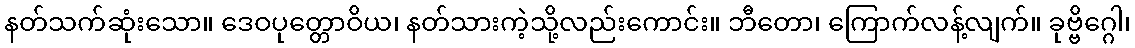
နတ်သက်ဆုံးသော။ ဒေဝပုတ္တောဝိယ၊ နတ်သားကဲ့သို့လည်းကောင်း။ ဘီတော၊ ကြောက်လန့်လျက်။ ခုဗ္ဗိဂ္ဂေါ၊